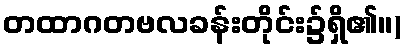
တထာဂတဗလခန်းတိုင်း၌ရှိ၏။)